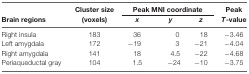
<table><thead><tr><td></td><td><b>Cluster size</b></td><td colspan="3"><b>Peak MNI coordinate</b></td><td><b>Peak</b></td></tr><tr><td><b>Brain regions</b></td><td><b>(voxels)</b></td><td><b><i>x</i></b></td><td><b><i>y</i></b></td><td><b><i>z</i></b></td><td><b><i>T</i>-value</b></td></tr></thead><tbody><tr><td>Right insula</td><td>183</td><td>6</td><td>0</td><td>18</td><td>−3.46</td></tr><tr><td>Left amygdala</td><td>172</td><td>−19</td><td>3</td><td>−21</td><td>−4.04</td></tr><tr><td>Right amygdala</td><td>141</td><td>18</td><td>4.5</td><td>−22</td><td>−4.68</td></tr><tr><td>Periaqueductal gray</td><td>104</td><td>1.5</td><td>−24</td><td>−10</td><td>−3.75</td></tr></tbody></table>